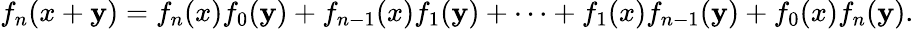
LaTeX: f_{n}(x+\mathbf{y})=f_{n}(x)f_{0}(\mathbf{y})+f_{n-1}(x)f_{1}(\mathbf{y})+\cdots+f_{1}(x)f_{n-1}(\mathbf{y})+f_{0}(x)f_{n}(\mathbf{y}).